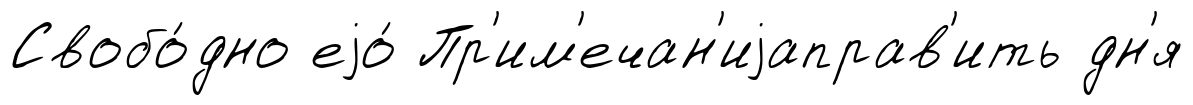
Свобо́дно еjо́ Пр'им'ечан'иjаправ'ить дн'я